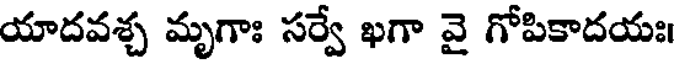
యాదవశ్చ మృగాః సర్వే ఖగా వై గోపికాదయః।